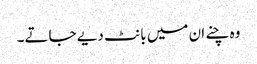
وہ چنے ان میں بانٹ دیے جاتے۔